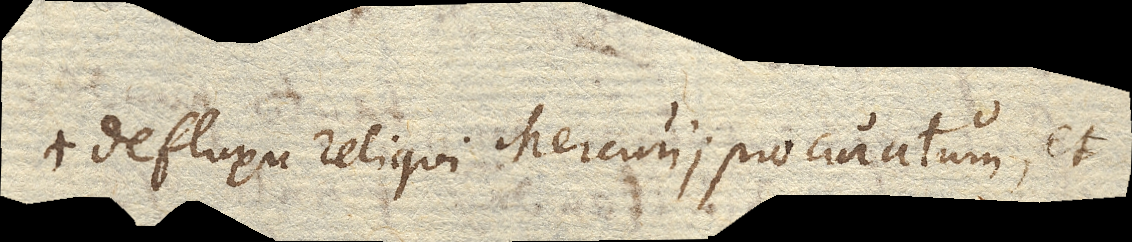
defluxu reliqui Mercurii procuratum, et